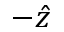
- \hat { z }